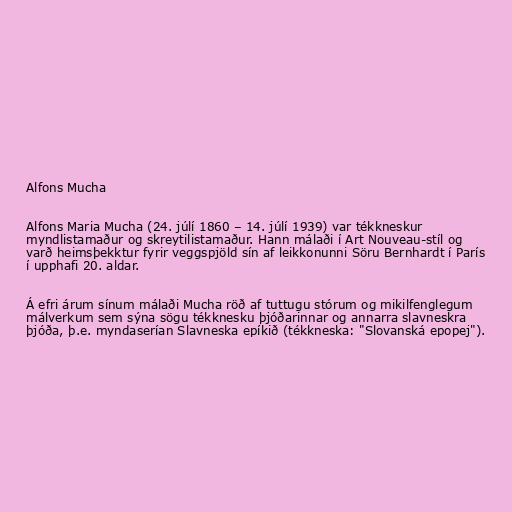
Alfons Mucha

Alfons Maria Mucha (24. júlí 1860 – 14. júlí 1939) var tékkneskur
myndlistamaður og skreytilistamaður. Hann málaði í Art Nouveau-stíl og
varð heimsþekktur fyrir veggspjöld sín af leikkonunni Söru Bernhardt í París
í upphafi 20. aldar.

Á efri árum sínum málaði Mucha röð af tuttugu stórum og mikilfenglegum
málverkum sem sýna sögu tékknesku þjóðarinnar og annarra slavneskra
þjóða, þ.e. myndaserían Slavneska epíkið (tékkneska: "Slovanská epopej").